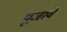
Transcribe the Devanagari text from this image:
पूजावे